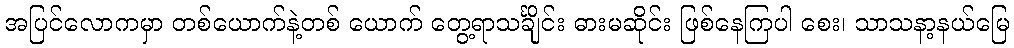
အပြင်လောကမှာ တစ်ယောက်နဲ့တစ် ယောက် တွေ့ရာသင်္ချိုင်း ဓားမဆိုင်း ဖြစ်နေကြပါ စေး၊ သာသနာ့နယ်မြေ